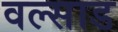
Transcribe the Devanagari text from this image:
वल्साड